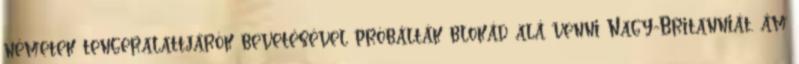
németek tengeralattjárók bevetésével próbálták blokád alá venni Nagy-Britanniát, ám